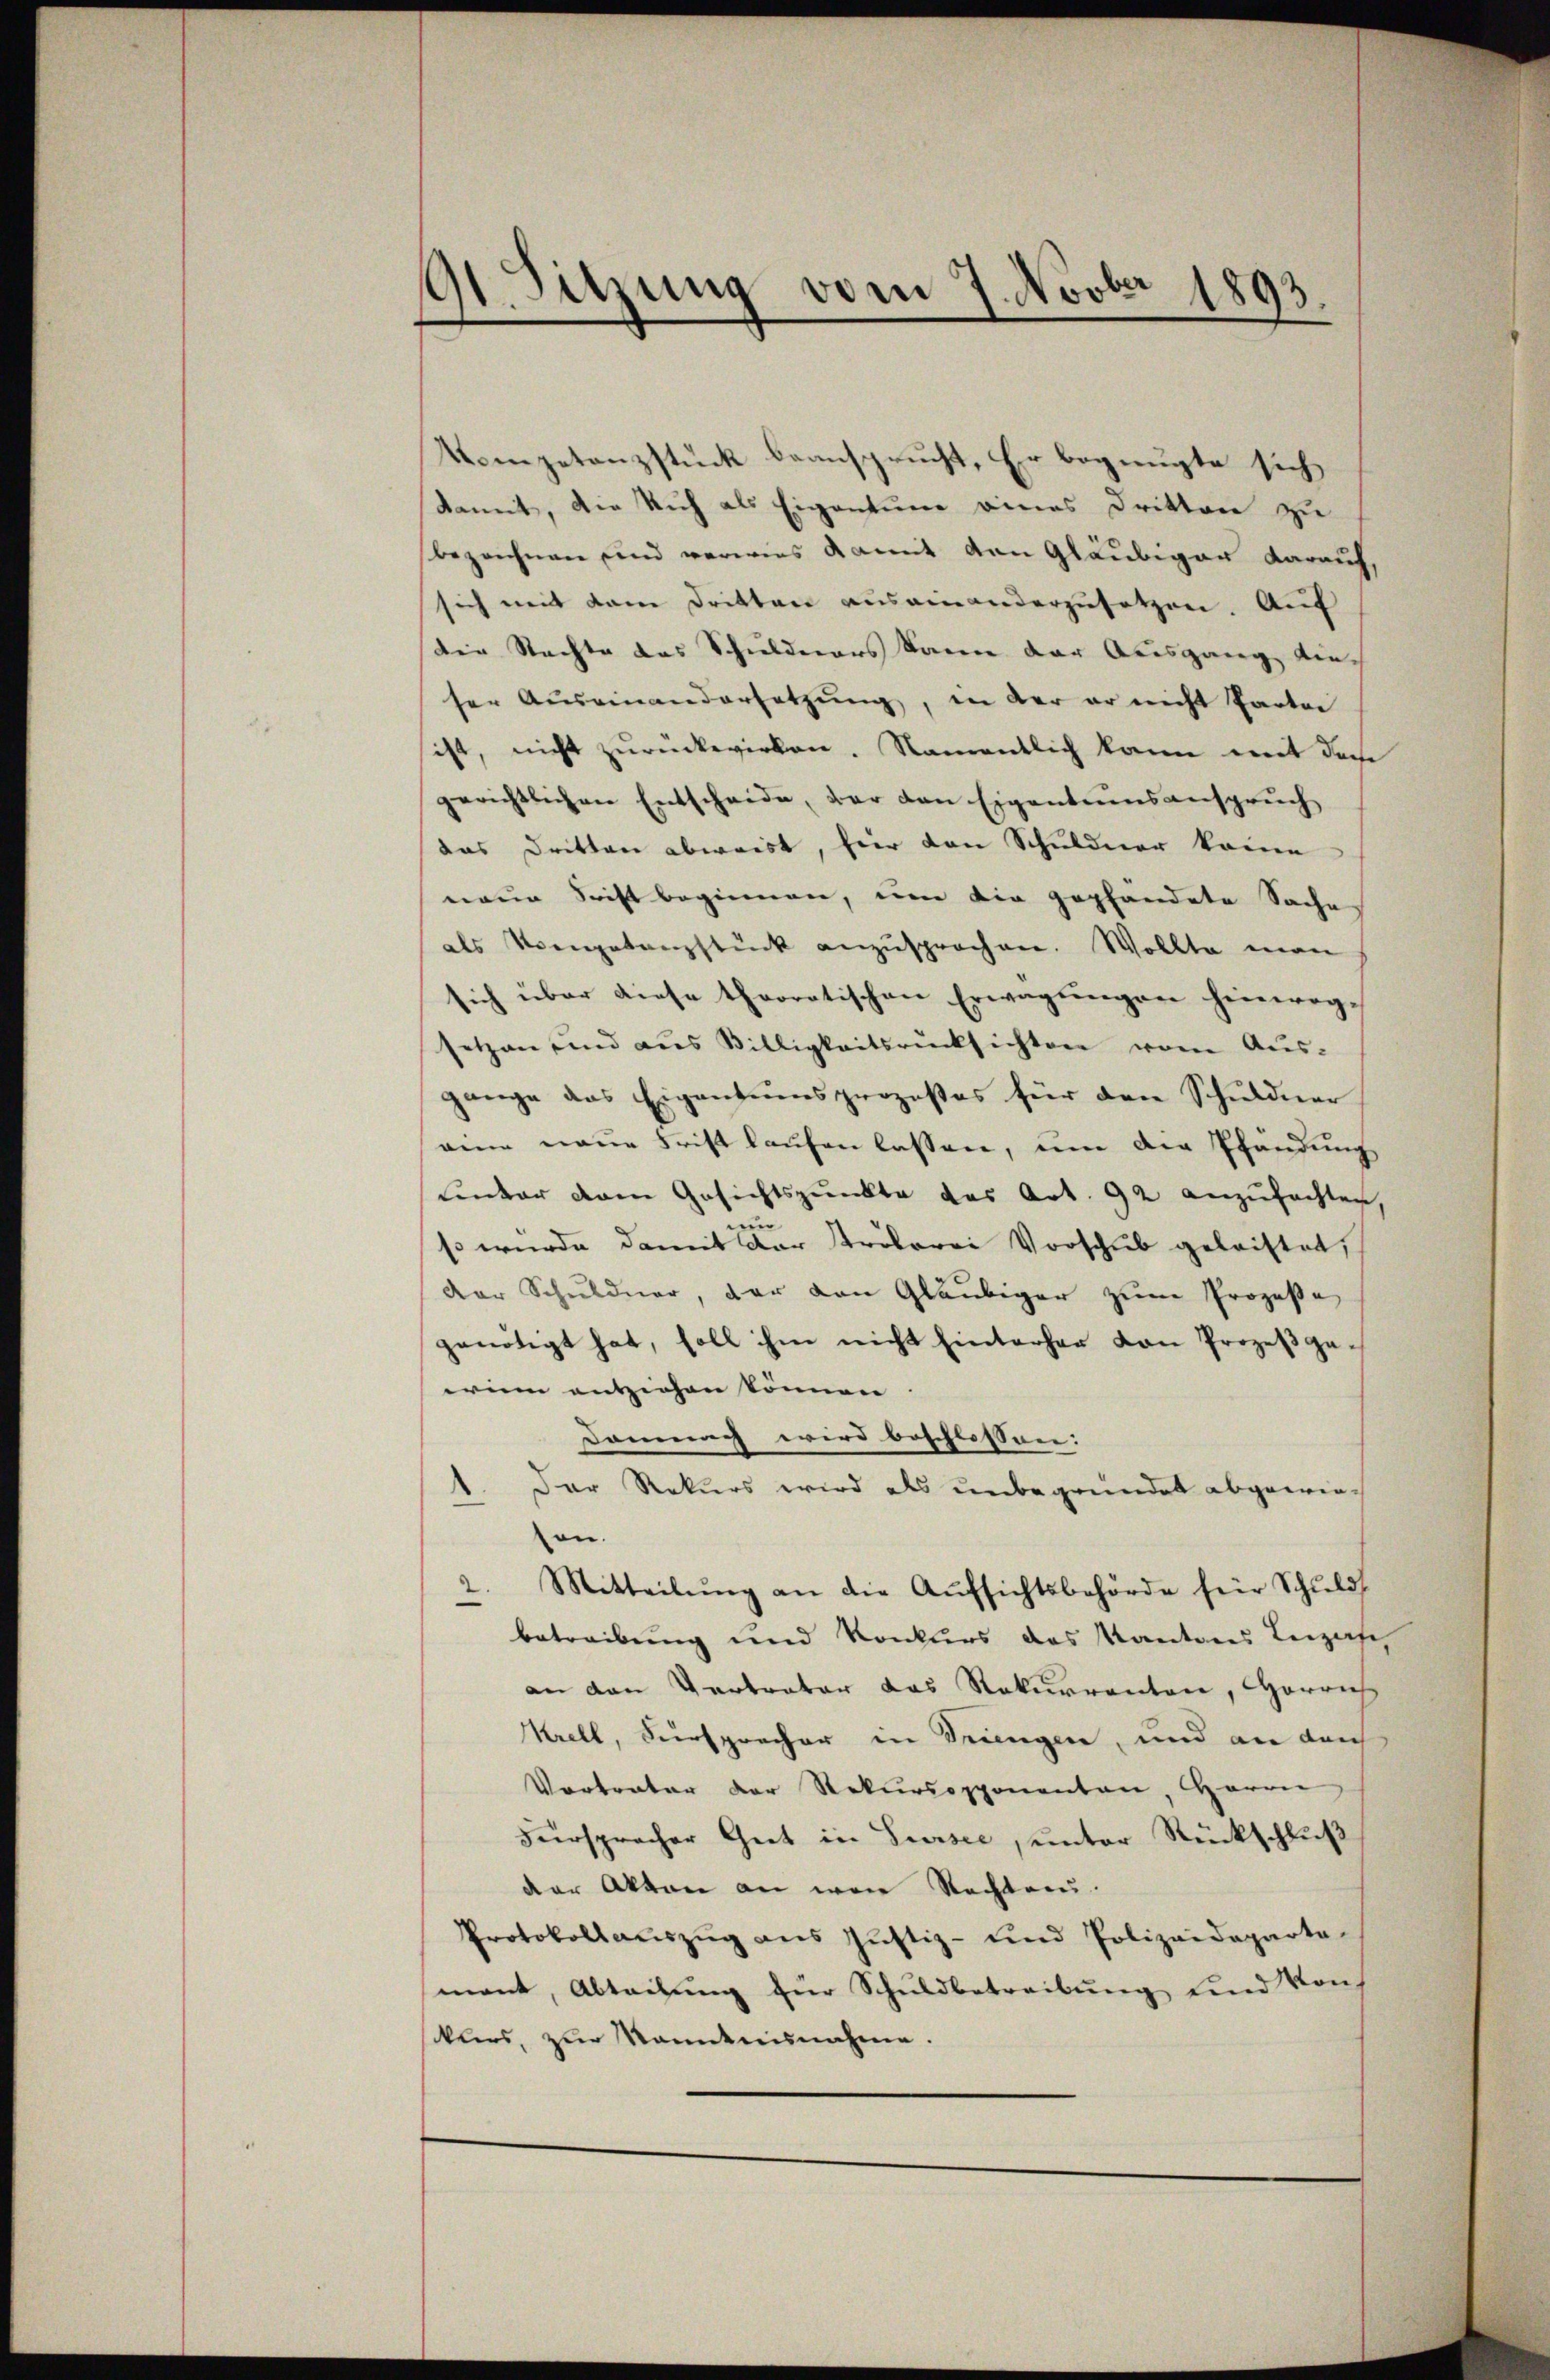
M. Sitzung vom 7. Novber 1893.

Kompetenzstück beansprucht, Er begnügte sich
damit, die sich als Eigentum eines Dritten zu
bezeichnen sind verwies damit den Gläubiger darauf,
sich mit dem Dritten auseinanderzusetzen. Auf
Die Nachte das Schuldners kann der Ausgang die-
ser Auseinandersetzŭng, in der er nicht Partei
sist, nicht zŭrückwirken. Namentlich kann mit doch
gerichtlichen Entscheide, der den Eigentumsanspruch
das Dritten abweist, hier den Schuldner komme
neue Stift beginnen, um die gepfandete Sache
als Vorgetanzstück anzusprochen. Wollte man
sich über diese theoretischen Erwägŭngen hinwegsetzen und aus Willigkeitsrücksichten vom Aus-
gange das Eigentumsprozestes für den Schuldner
eine neue Frist laufen lassen, um die Pfandung
unter dem Gesichtspunkte das Art. 92 anzufachten,
un
so wurde damit der Proberei Vorschub geleistet,
der Schuldner, der von Gläubiger zum Prozesse
genötigt hat, soll ihm nicht hinterher von Prozeβge,
erinn entziehen können |
Domung wird beschlossen:
Der Rekurs wird als unbegründet abgewieon.
2. Mitteilŭng an die Aŭfsichtsbehörde für Schŭld
betreibung und Konkurs das Kantons Leizan
an den Vertreter das Rekurrenten, Herrich
Krell, Fürsprecher in Triengen, und an durch
Vortrater der Rekursopponenten, Herrn
Fürsprocher Gut in Sursee, ŭnter Rückschlŭβ
der Akten an were Rechteru
Protokoll aŭszŭg ans Justiz- und Polizeideparte
mant, Abteilŭng für Schuldbetreibŭng und Von
skurs, zŭr Kenntnisnahme.